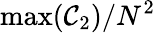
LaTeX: \operatorname*{max}(\mathcal{C}_{2})/N^{2}